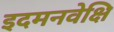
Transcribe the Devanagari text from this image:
इदमनवेक्षि